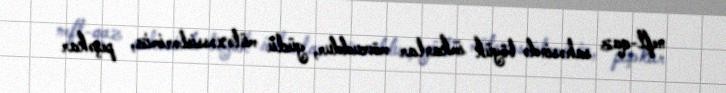
neft-qaz sahəsində böyük imkanlar mövcuddur, güclü mütəxəssislərimiz, peşəkar